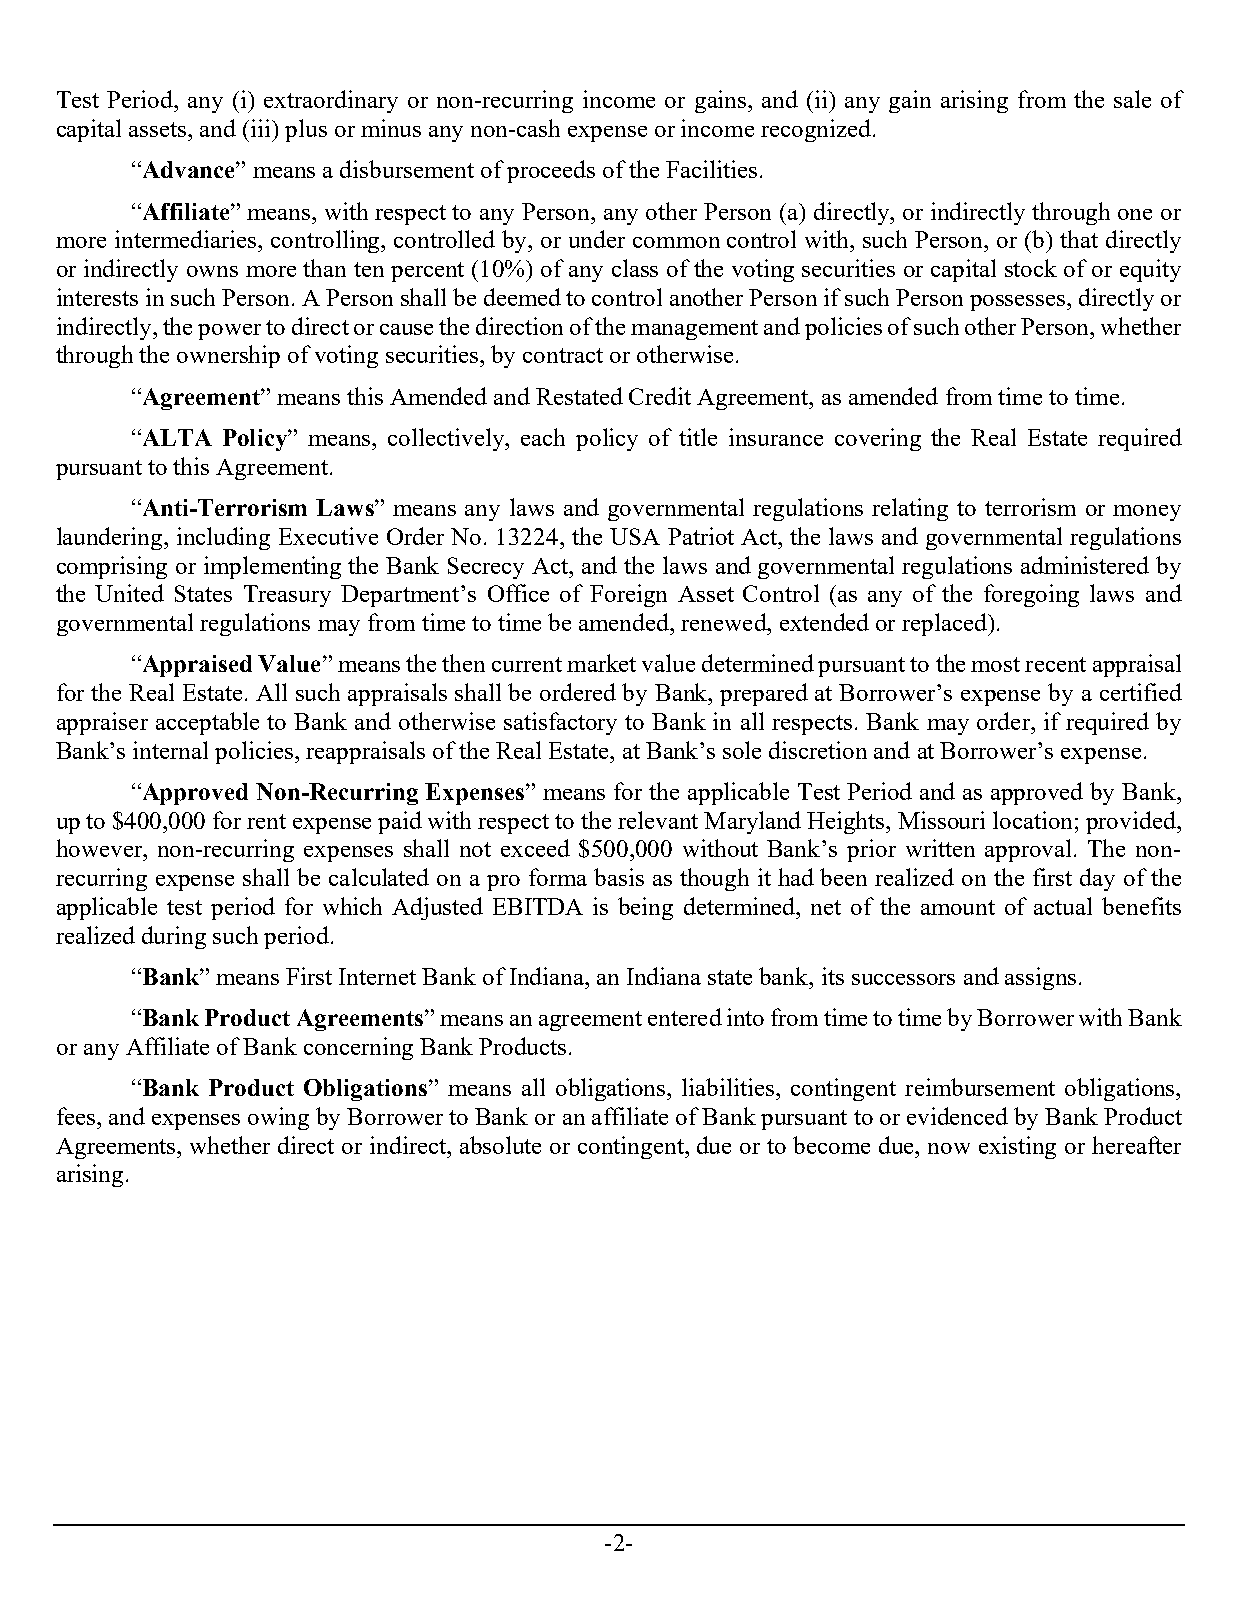
Test Period, any (i) extraordinary or non-recurring income or gains, and (ii) any gain arising from the sale of
 capital assets, and (iii) plus or minus any non-cash expense or income recognized.
 “Advance” means a disbursement of proceeds of the Facilities.
 “Affiliate” means, with respect to any Person, any other Person (a) directly, or indirectly through one or
 more intermediaries, controlling, controlled by, or under common control with, such Person, or (b) that directly
 or indirectly owns more than ten percent (10%) of any class of the voting securities or capital stock of or equity
 interests in such Person. A Person shall be deemed to control another Person if such Person possesses, directly or
 indirectly, the power to direct or cause the direction of the management and policies of such other Person, whether
 through the ownership of voting securities, by contract or otherwise.
 “Agreement” means this Amended and Restated Credit Agreement, as amended from time to time.
 “ALTA Policy” means, collectively, each policy of title insurance covering the Real Estate required
 pursuant to this Agreement.
 “Anti-Terrorism Laws” means any laws and governmental regulations relating to terrorism or money
 laundering, including Executive Order No. 13224, the USA Patriot Act, the laws and governmental regulations
 comprising or implementing the Bank Secrecy Act, and the laws and governmental regulations administered by
 the United States Treasury Department’s Office of Foreign Asset Control (as any of the foregoing laws and
 governmental regulations may from time to time be amended, renewed, extended or replaced).
 “Appraised Value” means the then current market value determined pursuant to the most recent appraisal
 for the Real Estate. All such appraisals shall be ordered by Bank, prepared at Borrower’s expense by a certified
 appraiser acceptable to Bank and otherwise satisfactory to Bank in all respects. Bank may order, if required by
 Bank’s internal policies, reappraisals of the Real Estate, at Bank’s sole discretion and at Borrower’s expense.
 “Approved Non-Recurring Expenses” means for the applicable Test Period and as approved by Bank,
 up to $400,000 for rent expense paid with respect to the relevant Maryland Heights, Missouri location; provided,
 however, non-recurring expenses shall not exceed $500,000 without Bank’s prior written approval. The non-
 recurring expense shall be calculated on a pro forma basis as though it had been realized on the first day of the
 applicable test period for which Adjusted EBITDA is being determined, net of the amount of actual benefits
 realized during such period.
 “Bank” means First Internet Bank of Indiana, an Indiana state bank, its successors and assigns.
 “Bank Product Agreements” means an agreement entered into from time to time by Borrower with Bank
 or any Affiliate of Bank concerning Bank Products.
 “Bank Product Obligations” means all obligations, liabilities, contingent reimbursement obligations,
 fees, and expenses owing by Borrower to Bank or an affiliate of Bank pursuant to or evidenced by Bank Product
 Agreements, whether direct or indirect, absolute or contingent, due or to become due, now existing or hereafter
 arising.
 -2-